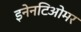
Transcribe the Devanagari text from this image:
इनेनटिओमर